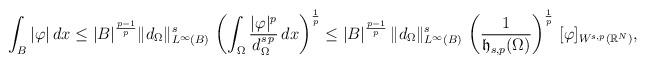
LaTeX: \begin{align*}\int_B |\varphi| \,dx&\le |B|^{\frac{p-1}{p}} \|d_\Omega\|_{L^{\infty}(B)}^{s} \, \left(\int_\Omega \frac{|\varphi|^p}{d_\Omega^{s\,p}}\,dx\right)^{\frac{1}{p}}\le |B|^{\frac{p-1}{p}} \,\|d_\Omega\|_{L^{\infty}(B)}^{s} \, \left(\frac{1}{\mathfrak{h}_{s,p}(\Omega)}\right)^{\frac{1}{p}}\,[\varphi]_{W^{s,p}(\mathbb{R}^N)},\end{align*}